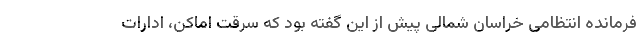
فرمانده انتظامی خراسان شمالی پیش از این گفته بود که سرقت اماکن، ادارات